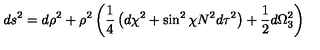
d s ^ { 2 } = d \rho ^ { 2 } + \rho ^ { 2 } \left( \frac { 1 } { 4 } \left( d \chi ^ { 2 } + \sin ^ { 2 } { \chi } N ^ { 2 } d \tau ^ { 2 } \right) + \frac { 1 } { 2 } d \Omega _ { 3 } ^ { 2 } \right)